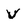
Character: V